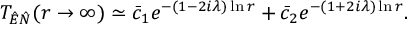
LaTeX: T _ { \hat { E } \hat { N } } ( r \rightarrow \infty ) \simeq \bar { c } _ { 1 } e ^ { - ( 1 - 2 i \lambda ) \ln r } + \bar { c } _ { 2 } e ^ { - ( 1 + 2 i \lambda ) \ln r } .